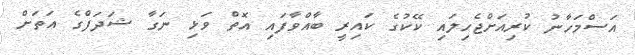
އަސްމަހާނު ކުރިއަށްޖެހިލައި ކޭކުގެ ކައިރީ ބާއްވާފައި އޮތް ވަޅި ނަގާ ޝަދަފްގެ އަތަށް